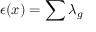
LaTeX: \epsilon ( x ) = \sum \lambda _ { g }